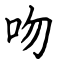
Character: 吻